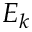
E _ { k }